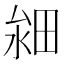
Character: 𤱸